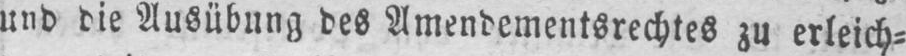
und die Ausübung des Amendementsrechtes zu erleich⸗